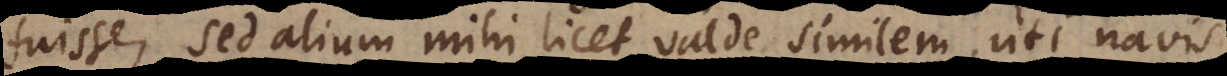
fuisse, sed alium mihi licet valde similem, uti navis